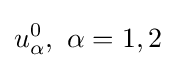
u_{\alpha }^{0},~\alpha =1,2